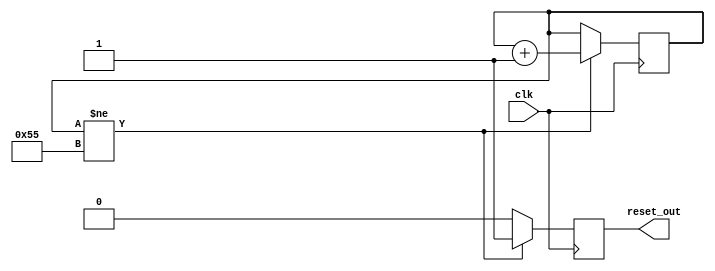
//
// Copyright 2013 Ettus Research LLC
//



module por_gen
  (input clk,
   output reset_out);

   reg 		por_rst;
   reg [7:0] 	por_counter = 8'h0;

   always @(posedge clk)
     if (por_counter != 8'h55)
       begin
          por_counter <= por_counter + 8'h1;
          por_rst <= 1'b1;
       end
     else
       por_rst <= 1'b0;

   assign reset_out = por_rst;

endmodule // por_gen